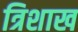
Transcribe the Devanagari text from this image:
त्रिशाख